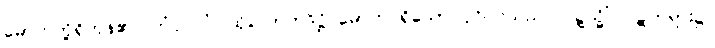
မောဟတို့ရှိကုန်၏။ တံပုဂ္ဂလံ၊ ထိုလောဘဒိဋ္ဌိ မောဟ ရှိသော ပုဂ္ဂိုလ်သည်။ ဝဋ္ဋသ္မိံ၊ ဝဋ်တရား၌။